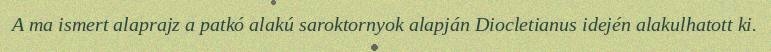
A ma ismert alaprajz a patkó alakú saroktornyok alapján Diocletianus idején alakulhatott ki.